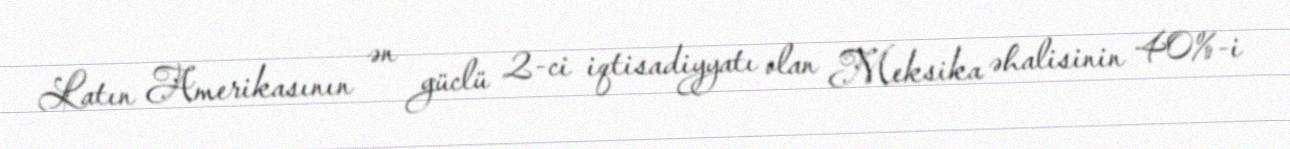
Latın Amerikasının ən güclü 2-ci iqtisadiyyatı olan Meksika əhalisinin 40%-i